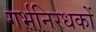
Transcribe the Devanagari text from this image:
गर्भनिरधकों